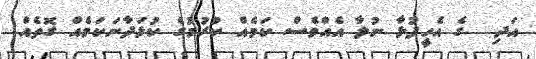
އަދި  ގެ އެހީފުޅާ ނުލާ އެއްވެސް ކަމެއް ކުރުމުގެ ކުޅަދާނަކަމެއް ގޮތެއް